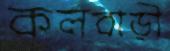
কলবাড়ী